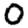
Digit: 0